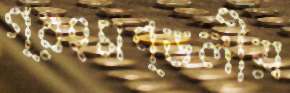
গ্রহমণ্ডলীয়